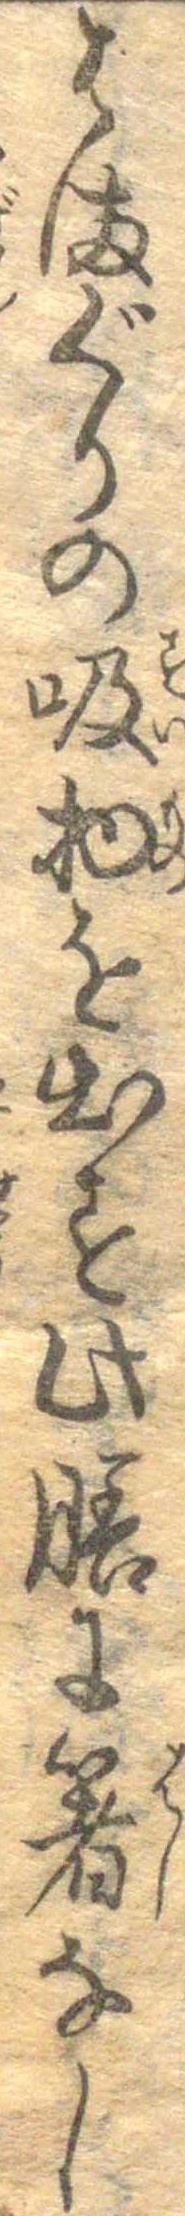
はまぐりの吸物を出す此膳に箸なし